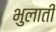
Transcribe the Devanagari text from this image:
भुलाती